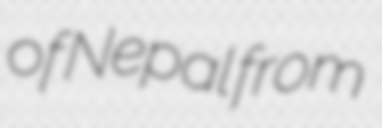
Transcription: of Nepal from